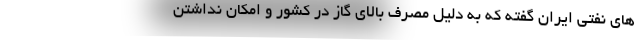
های نفتی ایران گفته که به دلیل مصرف بالای گاز در کشور و امکان نداشتن